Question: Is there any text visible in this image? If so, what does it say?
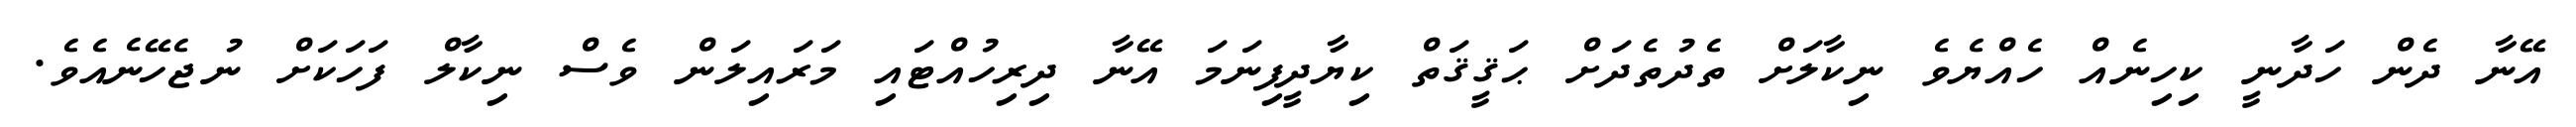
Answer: އޭނާ ދެން ހަދާނީ ކިހިނެއް ހެއްޔެވެ ނިކާލަށް ތެދުތެދަށް ޙަޤީޤަތް ކިޔާދީފިނަމަ އޭނާ ދިރިހުއްޓައި މަރައިލަން ވެސް ނިކާލް ފަހަކަށް ނުޖެހޭނެއެވެ.